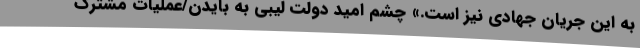
به این جریان جهادی نیز است.» چشم امید دولت لیبی به بایدن/عملیات مشترک